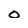
Character: O